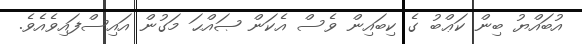
އުބައްޔު ބިން ކަޢްބު ގެ ކިބައިން ވެސް އެކަން ޞައްޙަ މަގުން އައިސްފައިވެއެވެ.